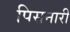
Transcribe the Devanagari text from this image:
पिसनारी